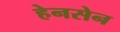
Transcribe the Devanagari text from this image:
हेनसेन